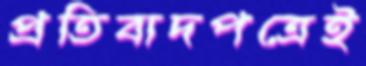
প্রতিবাদপত্রেই